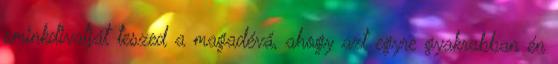
sminkdivatját teszed a magadévá, ahogy azt egyre gyakrabban én